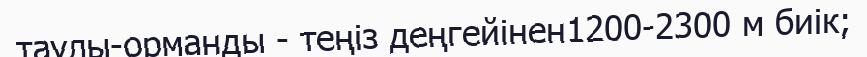
таулы-орманды - теңіз деңгейінен1200-2300 м биік;